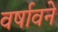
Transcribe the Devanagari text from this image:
वर्षावने